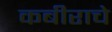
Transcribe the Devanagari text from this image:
कबीराचे